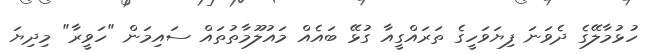
ހުޅުމާލޭގެ ދެވަނަ ފިޔަވަހީގެ ތަރައްގީއާ ގުޅޭ ބައެއް މައުލޫމާތުތައް ސައިމަން "ހަވީރާ" މިދިޔަ